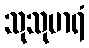
သုသုမာရံ